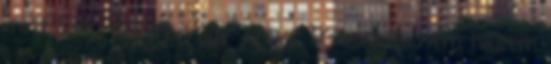
mint Etta Candy vagy Steve Trevor, de nem hiszem